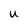
Character: U